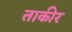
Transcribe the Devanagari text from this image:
ताकीर